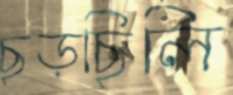
ছড়ছিলি